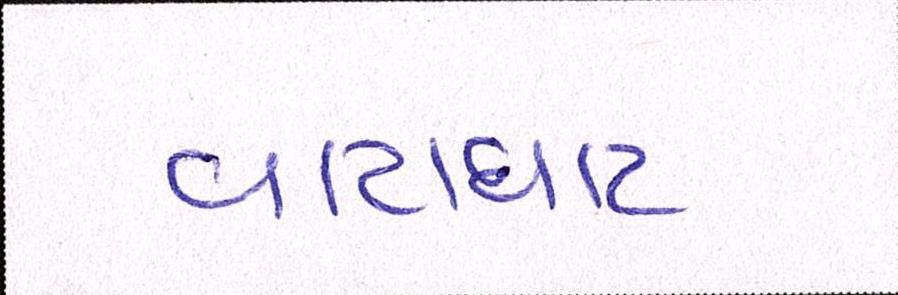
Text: વાટાઘાટ